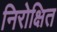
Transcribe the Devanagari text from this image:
निरोक्षित